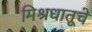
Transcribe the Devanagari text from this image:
मिश्रधातूचे